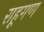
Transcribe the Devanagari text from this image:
राहूगण